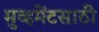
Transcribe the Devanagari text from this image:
मुव्हमेंटसाठी